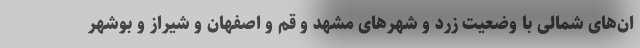
ان‌های شمالی با وضعیت زرد و شهر‌های مشهد و قم و اصفهان و شیراز و بوشهر